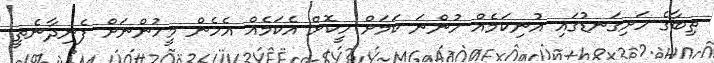
ތިބާގެ ހަށިގަނޑުގައި އުނިކަމެއް ހުންނަ ކަމަށް ހީކޮށް އެކަމެއް އެހެން މީހުންނަށް ފެނިދާނެތީ